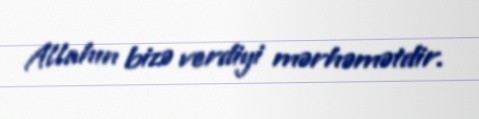
Allahın bizə verdiyi mərhəmətdir.